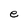
Character: e